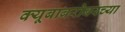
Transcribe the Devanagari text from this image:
क्यूबाबरोबरच्या